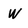
Character: W